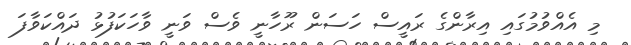
މި އެއްވުމުގައި އިރާންގެ ރައީސް ހަސަން ރޫހާނީ ވެސް ވަނީ ވާހަކަފުޅު ދައްކަވާފަ